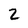
Character: 2